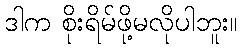
ဒါက စိုးရိမ်ဖို့မလိုပါဘူး။